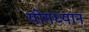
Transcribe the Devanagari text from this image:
योगध्‍यान